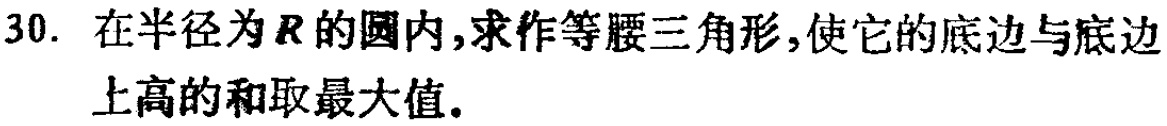
30. 在半径为\(R\)的圆内,求作等腰三角形,使它的底边与底边上高的和取最大值。